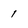
Character: 1